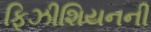
ફિઝીશિયનની